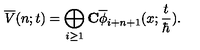
\overline { { V } } ( n ; t ) = \bigoplus _ { i \geq 1 } \mathrm { \bf { C } } \overline { { \phi } } _ { i + n + 1 } ( x ; \frac { t } { \hbar } ) .